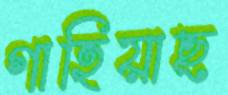
গাহিয়াছ